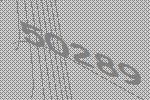
50289